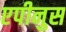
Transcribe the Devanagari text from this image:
एपीनुस